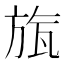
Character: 旊